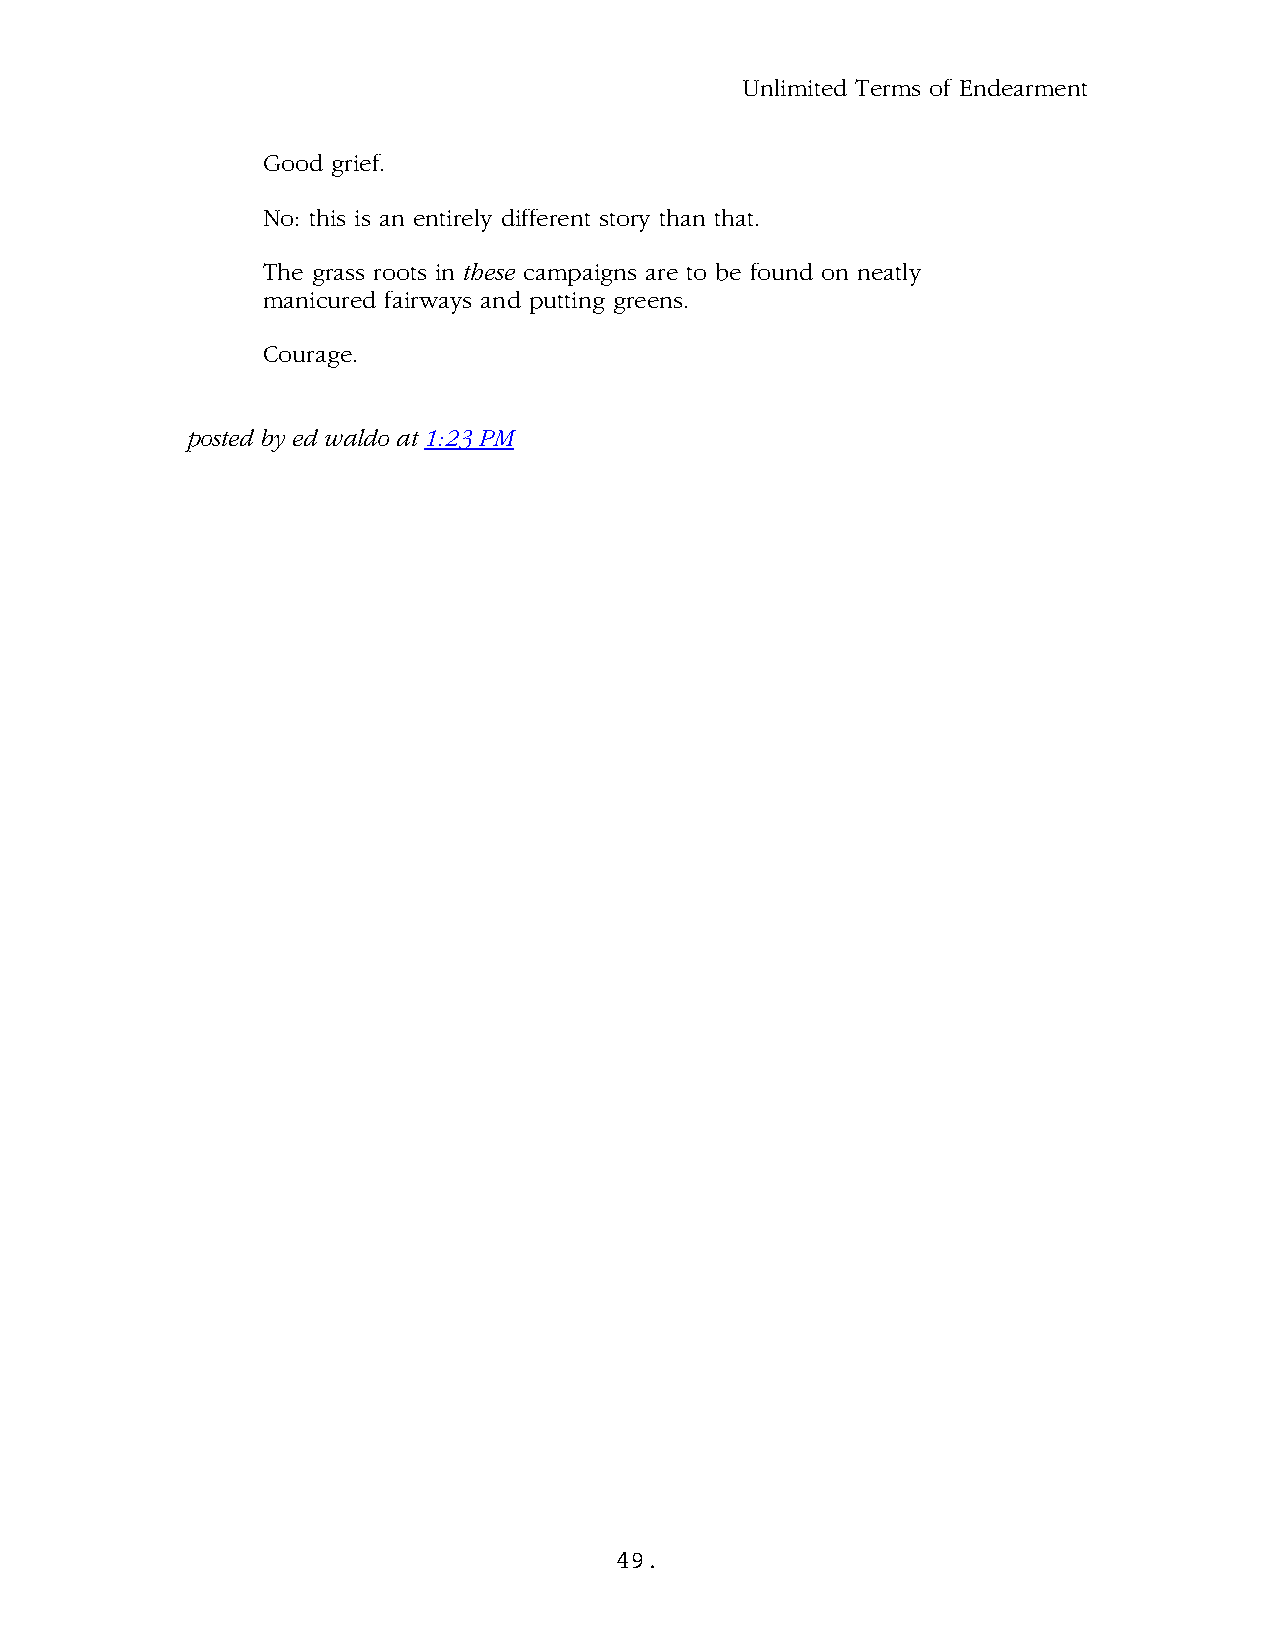
Unlimited Terms of Endearment
 Good grief.
 No: this is an entirely different story than that.
 The grass roots in these campaigns are to be found on neatly
 manicured fairways and putting greens.
 Courage.
 .
 posted by ed waldo at 1:23 PM
 49.